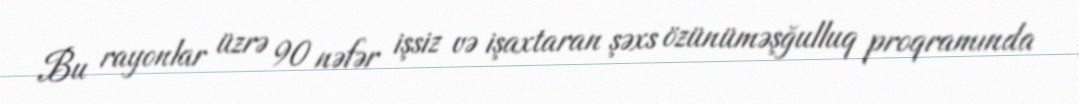
Bu rayonlar üzrə 90 nəfər işsiz və işaxtaran şəxs özünüməşğulluq proqramında